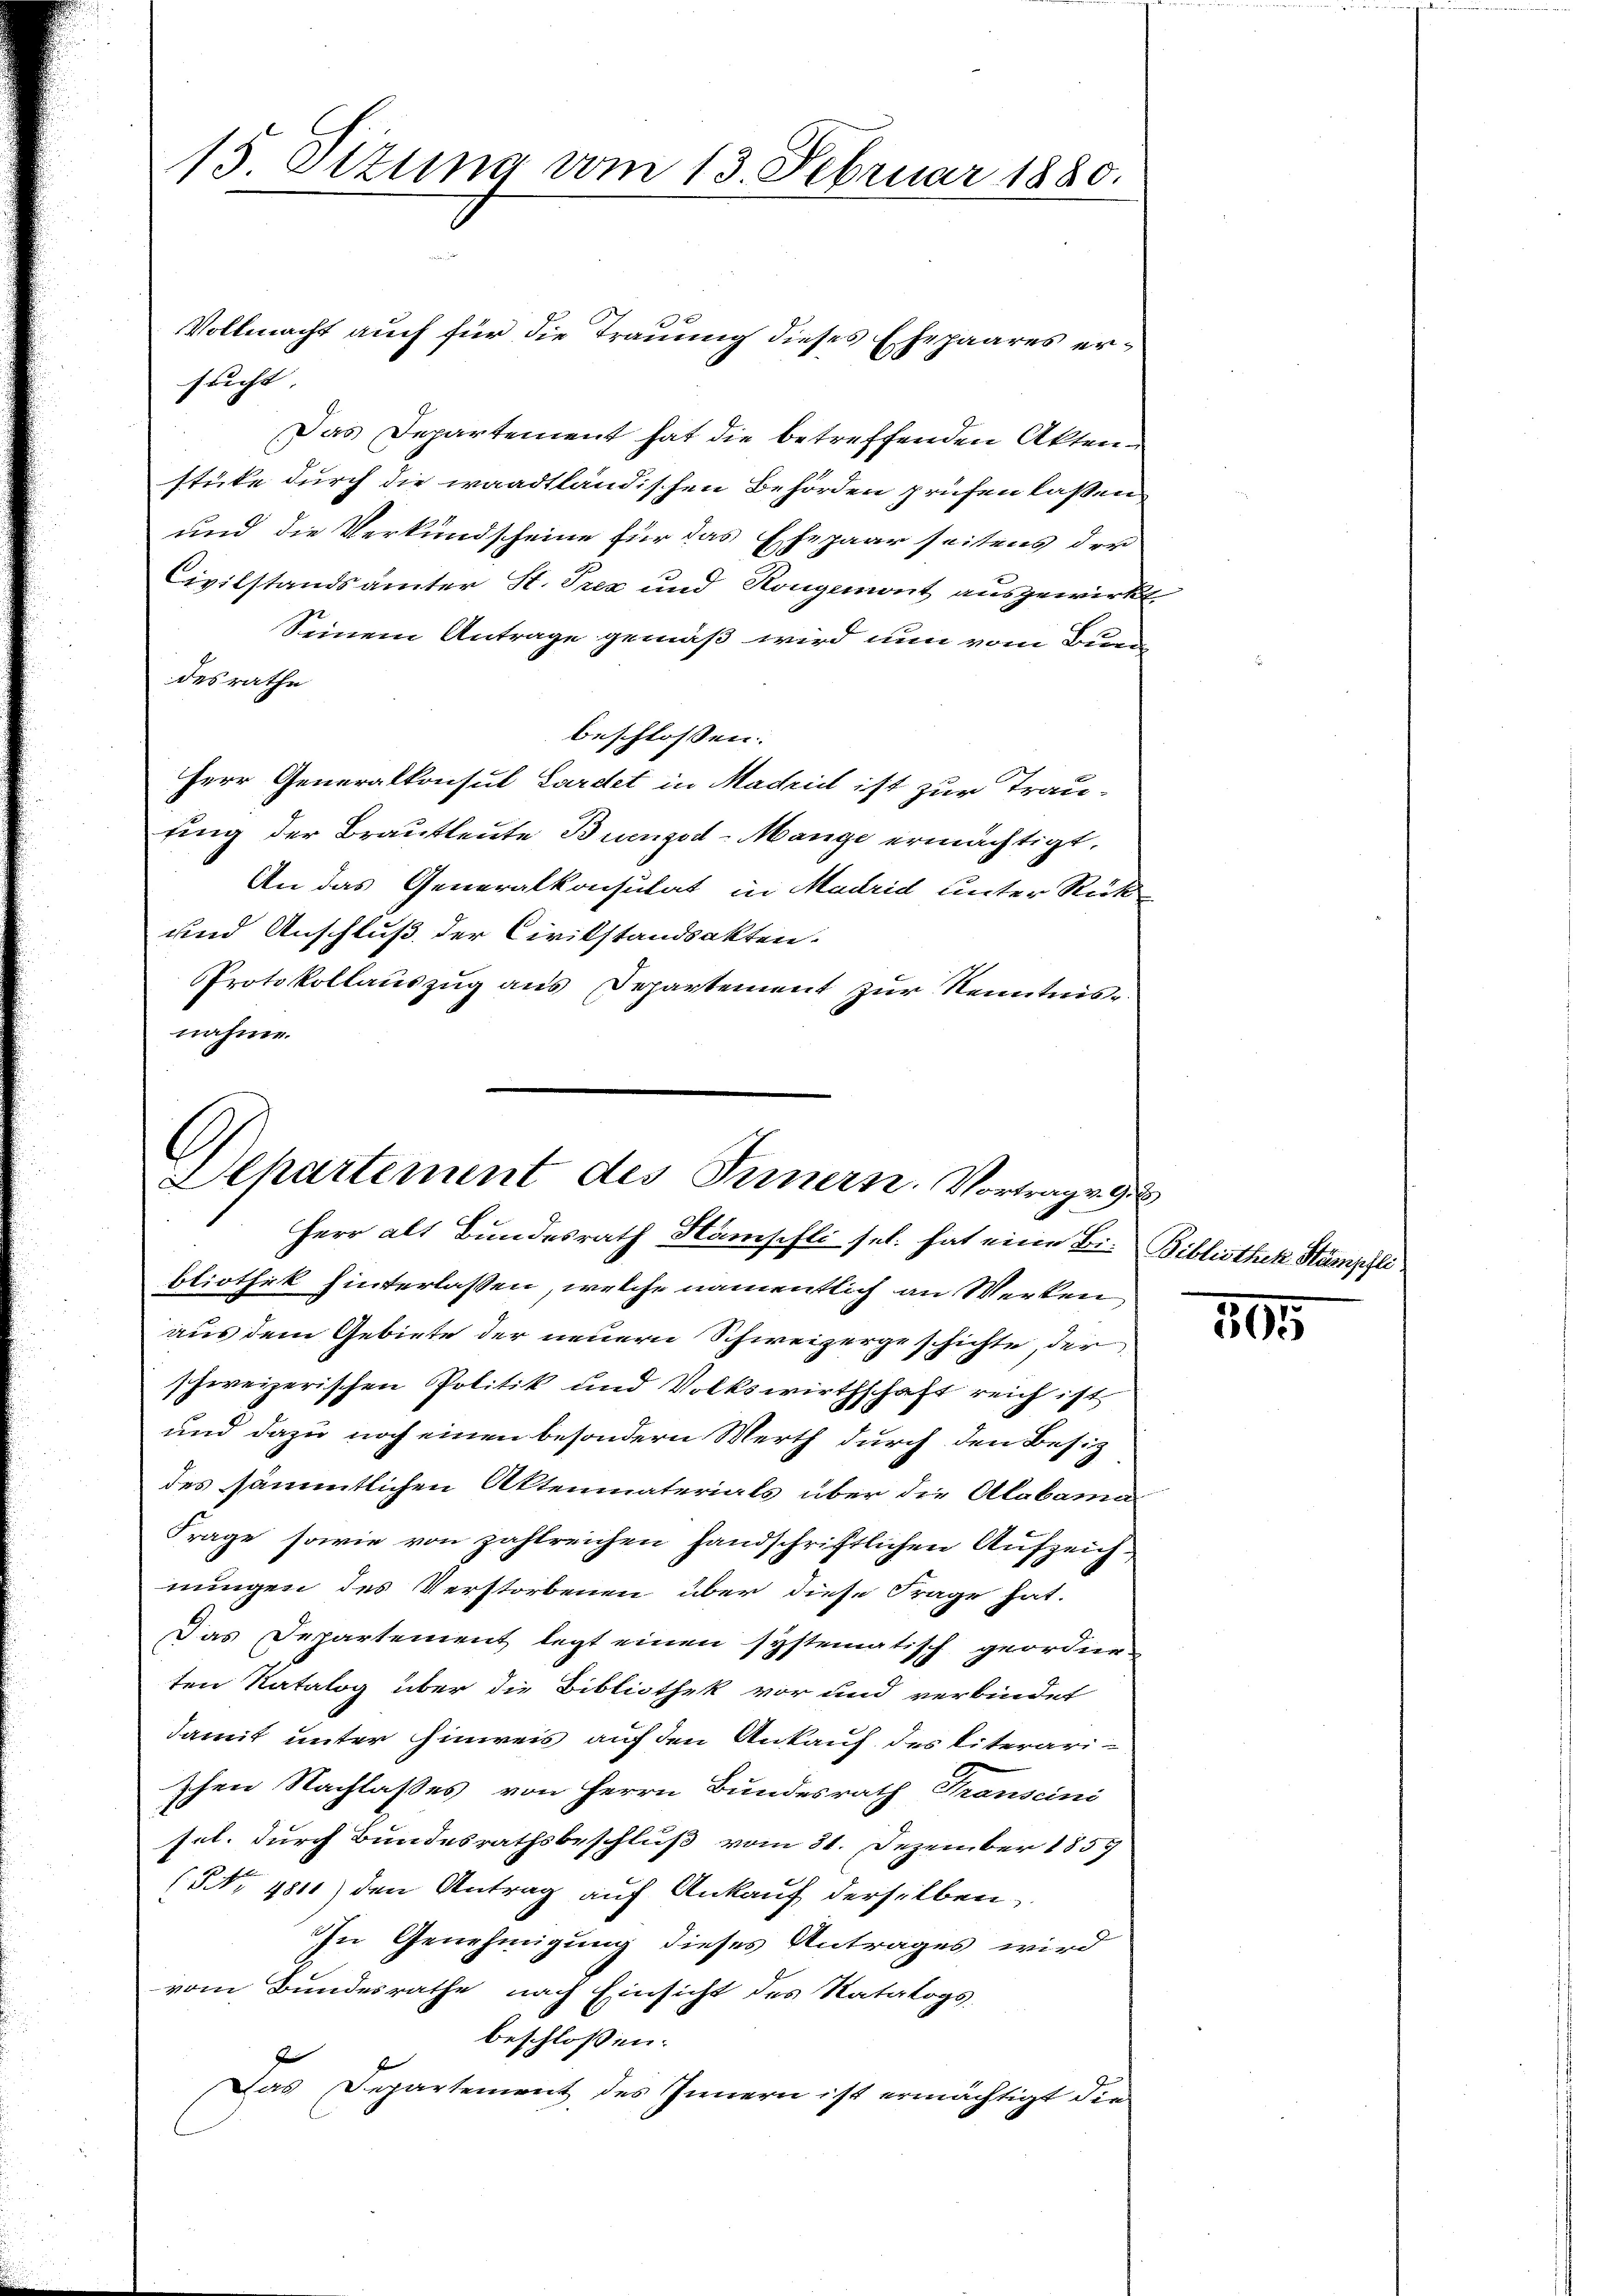
15. Sizung vom 13. Februar 1880.

sucht.
Das Departement hat die betreffenden Aktenstüke durch die waadtländischen Behörden prüfen laßen
und die Verkundscheine für das Ehepaar seitens der
Civilstandsämter St. Prez und Rongemont ausgewirkt.
Seinem Antrage gemäß wird nun vom Bun
desrathe
beschlossen:
Herr Generalkonsul Lardet in Machidl ist zur Trau-
fung der Brautleute Buenged-Mange ermächtigt.
An das Generalkonsulat in Madrid unter Rück
und Anschluß der Civilstandsakten.
PProtokollauszug aus Departement zur Kenntnis-
nahme.

Vollmacht auch für die Trauung dieses Ehepaares er¬

6
Departement des Innern. Vortrag v. 9.
Herr alt Bundesrath Stämpfli sel. hat eine Bi- Bibliothek Kämpfli

bliothek hinterlassen, welche namentlich an Werken
aus dem Gebiete der neuern Schweizergeschichte, der
schweizerischen Politik und Volkswirthschaft reich ist
und dazu noch einen besondern Werth durch den Besiz
des sämmtlichen Aktenmaterials über die Alabame
Frage sowie von zahlreichen handschriftlichen Aufzeichnungen des Verstorbenen über diese Frage hat.
Das Departement legt einen systematisch geordne-
ten Katalog über die Bibliothek vor und verbindet
damit unter hinweis auf den Ankauf des literarischen Nachlaßes von Herrn Bundesrath Transcini
sel. durch Bundesrathsbeschluß vom 31. Dezember 1859
(NNo. 4811) den Antrag auf Ankauf derselben,
In Genehmigung dieses Antrages wird
vom Bundesrathe nach Einsicht des Ratalogs-
beschlossen:
Das Departement des Innern ist ermächtigt die

505